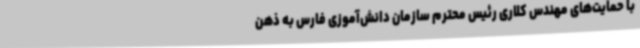
با حمایت‌های مهندس کلاری رئیس محترم سازمان دانش‌آموزی فارس به ذهن